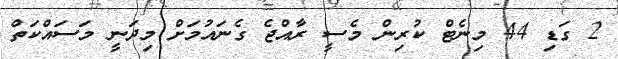
2 ގަޑި 44 މިނެޓް ކުރިން މެސީ ރާއްޖެ ގެނައުމަށް މިދަނީ މަސައްކަތް